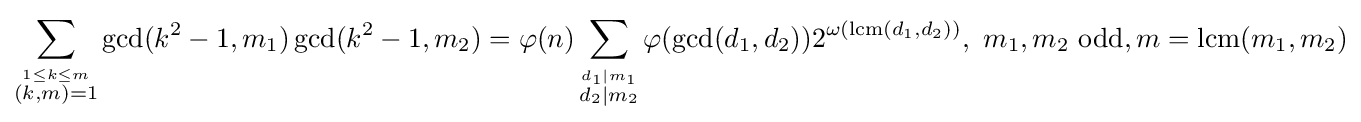
\sum _{\stackrel {1\leq k\leq m}{(k,m)=1}}\gcd(k^{2}-1,m_{1})\gcd(k^{2}-1,m_{2})=\varphi (n)\sum _{\stackrel {d_{1}\mid m_{1}}{d_{2}\mid m_{2}}}\varphi (\gcd(d_{1},d_{2}))2^{\omega (\operatorname {lcm} (d_{1},d_{2}))},\ m_{1},m_{2}{\text{ odd}},m=\operatorname {lcm} (m_{1},m_{2})